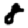
Digit: 8